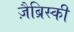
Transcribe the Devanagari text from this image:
ज़ैब्रिस्की